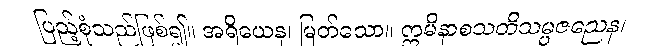
ပြည့်စုံသည်ဖြစ်၍။ အရိယေန၊ မြတ်သော။ ဣမိနာစသတိသမ္ပဇညေန၊